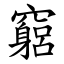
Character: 竆